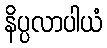
နိပ္ပလာပါယံ